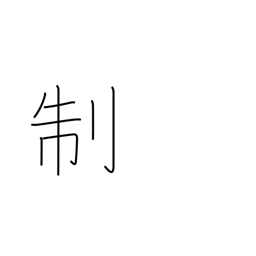
Meaning: system